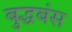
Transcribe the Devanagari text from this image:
बुद्धबंस